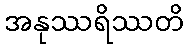
အနုဿရိဿတိ